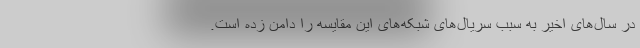
در سال‌های اخیر به سبب سریال‌های شبکه‌های این مقایسه را دامن زده است.